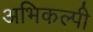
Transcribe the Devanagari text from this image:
अभिकल्पी